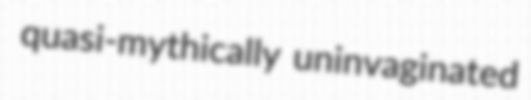
quasi-mythically uninvaginated